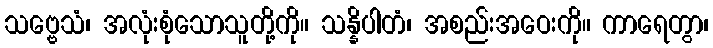
သဗ္ဗေသံ၊ အလုံးစုံသောသူတို့ကို။ သန္နိပါတံ၊ အစည်းအဝေးကို။ ကာရေတွာ၊